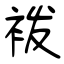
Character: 袯